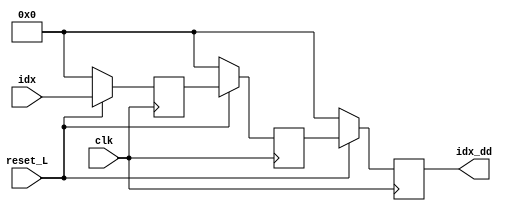
module identificador(
    input clk,
    input reset_L,
    input [3:0] idx,
    output reg [3:0] idx_dd                
);

    reg [3:0] idx_etapa_1;
    reg [3:0] idx_etapa_2;

    always @(posedge clk)begin
        if (reset_L==0)begin
            idx_dd      <=0;
            idx_etapa_1 <=0;
            idx_etapa_2 <=0;
        end else begin
            idx_etapa_1 <= idx;
            idx_etapa_2 <= idx_etapa_1;
            idx_dd <= idx_etapa_2;
        end
    end
endmodule